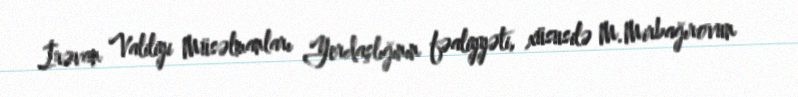
İrəvan Valiliyi Müsəlmanları Yerdaşlığının fəaliyyəti, xüsusilə M.Mirbağırovun